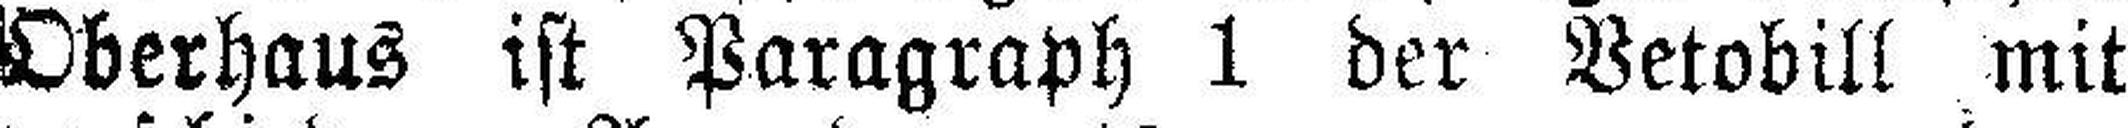
Oberhaus ist Paragraph 1 der Vetobill mit